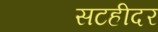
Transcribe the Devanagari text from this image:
सटहीदर